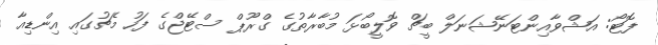
ފޮޓޯ: އަޝްވާއިންޓަނޭޝަނަލް ބީޗް ވޮލީބޯޅަ މުބާރާތުގެ ގްރޫޕް ސްޓޭޖްގެ ފަހު މެޗުގައި އިންޑިއާ